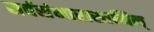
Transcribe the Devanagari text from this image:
सर्वसंभारास्तमिन्‌